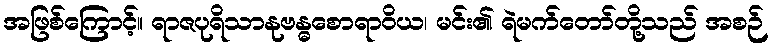
အဖြစ်ကြောင့်။ ရာဇပုရိသာနုဗန္ဓစောရာဝိယ၊ မင်း၏ ရဲမက်တော်တို့သည် အစဉ်